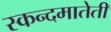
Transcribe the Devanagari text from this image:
स्कन्दमातेती